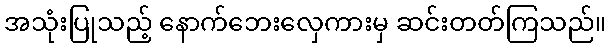
အသုံးပြုသည့် နောက်ဘေးလှေကားမှ ဆင်းတတ်ကြသည်။